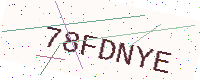
Text: 78FDNYE